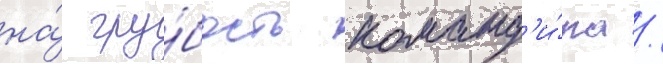
на́ гру́бость команд'и́ра /